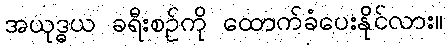
အယုဒ္ဓယ ခရီးစဉ်ကို ထောက်ခံပေးနိုင်လား။